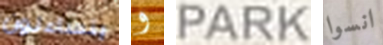
يتساءلون و PARK انسوا